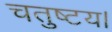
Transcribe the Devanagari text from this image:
चतुष्टय।